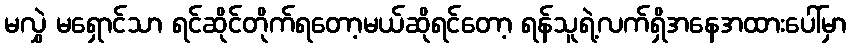
မလွှဲ မရှောင်သာ ရင်ဆိုင်တိုက်ရတော့မယ်ဆိုရင်တော့ ရန်သူရဲ့လက်ရှိအနေအထားပေါ်မှာ